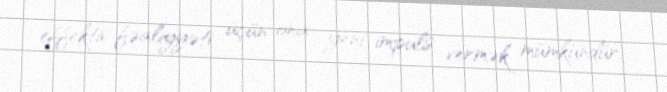
effektiv fəaliyyəti üçün ona yeni impuls vermək mümkündür.